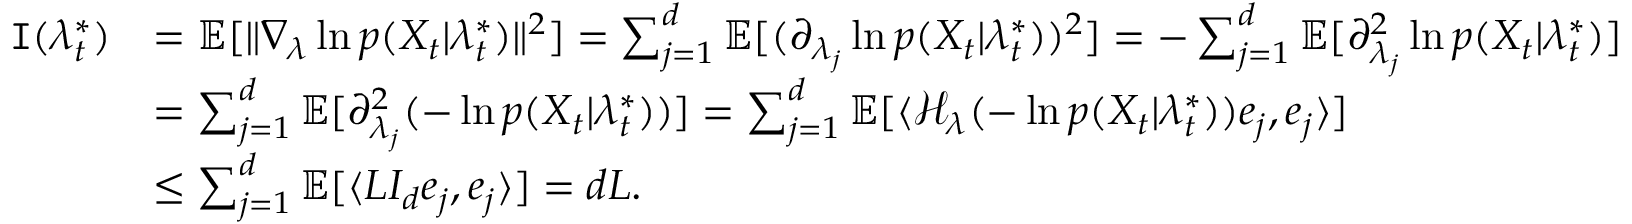
\begin{array} { r l } { \mathtt { I } ( \lambda _ { t } ^ { * } ) } & { = \mathbb { E } [ \| \nabla _ { \lambda } \ln p ( X _ { t } | \lambda _ { t } ^ { * } ) \| ^ { 2 } ] = \sum _ { j = 1 } ^ { d } \mathbb { E } [ ( \partial _ { \lambda _ { j } } \ln p ( X _ { t } | \lambda _ { t } ^ { * } ) ) ^ { 2 } ] = - \sum _ { j = 1 } ^ { d } \mathbb { E } [ \partial _ { \lambda _ { j } } ^ { 2 } \ln p ( X _ { t } | \lambda _ { t } ^ { * } ) ] } \\ & { = \sum _ { j = 1 } ^ { d } \mathbb { E } [ \partial _ { \lambda _ { j } } ^ { 2 } ( - \ln p ( X _ { t } | \lambda _ { t } ^ { * } ) ) ] = \sum _ { j = 1 } ^ { d } \mathbb { E } [ \langle \mathcal { H } _ { \lambda } ( - \ln p ( X _ { t } | \lambda _ { t } ^ { * } ) ) e _ { j } , e _ { j } \rangle ] } \\ & { \leq \sum _ { j = 1 } ^ { d } \mathbb { E } [ \langle L I _ { d } e _ { j } , e _ { j } \rangle ] = d L . } \end{array}